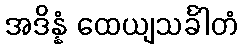
အဒိန္နံ ထေယျသင်္ခါတံ